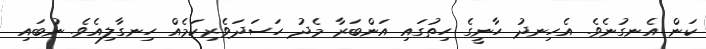
ކަން އެނގުނެވެ. އެހިނދު ހާނީގެ ހިތުގައި އަންބަރާ މެދު ހަސަދަވެރިކަމެއް ހިނގާލިއެވެ. ނުބައި